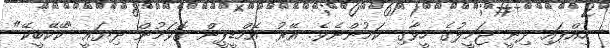
ހިއްޕައި ދިނީ ޖަމީލުގެ ހީވާގި ކަމުންނެވެ. އޭރު އެމްޑީޕީން ގޮވަމުން ދިޔައީ "ކޭކޭބީކޭ"